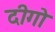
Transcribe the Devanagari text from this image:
दीगो